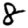
Digit: 8